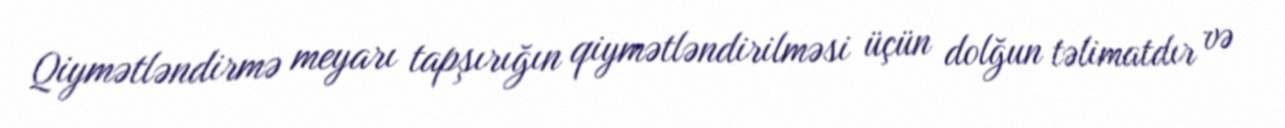
Qiymətləndirmə meyarı tapşırığın qiymətləndirilməsi üçün dolğun təlimatdır və